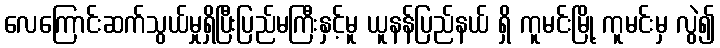
လေကြောင်းဆက်သွယ်မှုရှိပြီးပြည်မကြီးနှင့်မူ ယူနန်ပြည်နယ် ရှိ ကူမင်းမြို့ ကူမင်းမှ လွဲ၍